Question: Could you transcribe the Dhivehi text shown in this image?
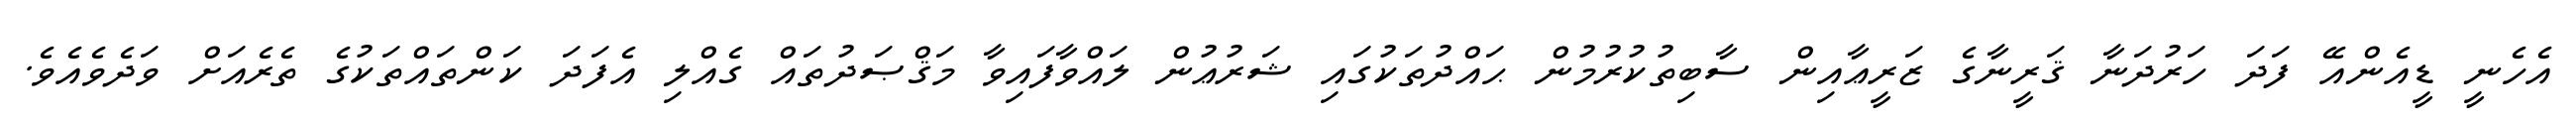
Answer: އެހެނީ ޑީއެންއޭ ފަދަ ހަރުދަނާ ޤަރީނާގެ ޒަރީޢާއިން ސާބިތުކުރުމުން ޙައްދުތަކުގައި ޝަރުޢުން ލައްވާފައިވާ މަޤްޞަދުތައް ގެއްލި އެފަދަ ކަންތައްތަކުގެ ތެރެއަށް ވަދެވެއެވެ.